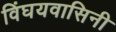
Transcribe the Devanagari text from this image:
विंघयवासिनी